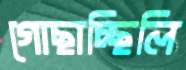
গোছাচ্ছিলি